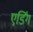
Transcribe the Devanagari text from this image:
एर्डिंग